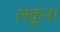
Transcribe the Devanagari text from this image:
लकुना